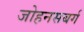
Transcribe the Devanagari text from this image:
जोहनसबर्ग